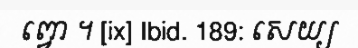
ព្វោ ។ [ix] Ibid. 189: សេយ្យ